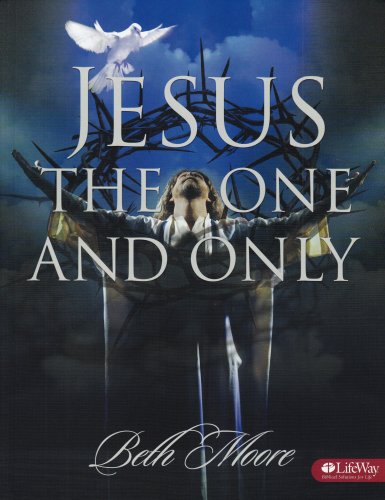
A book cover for Jesus, the One & Only; Beth Moore; Christian Books & Bibles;